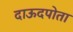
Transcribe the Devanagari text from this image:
दाऊदपोता